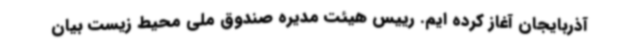
آذربایجان آغاز کرده ایم. رییس هیئت مدیره صندوق ملی محیط زیست بیان